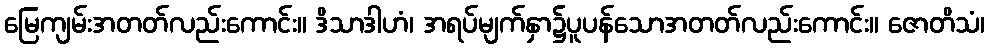
မြေကျမ်းအတတ်လည်းကောင်း။ ဒိသာဒါဟံ၊ အရပ်မျက်နှာ၌ပူပန်သောအတတ်လည်းကောင်း။ ဇောတိသံ၊